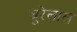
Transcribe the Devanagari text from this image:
घुरेलाल